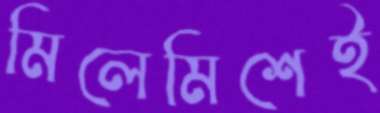
মিলেমিশেই